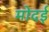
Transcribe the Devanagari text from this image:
मोदई